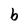
Character: b